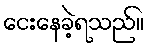
ငေးနေခဲ့ရသည်။